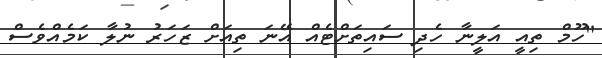
"ހޫމް ތިއީ އަލީނާ ހެދި ސައިތަށްޓެއް އޭނަ ތިއަށް ޒަހަރު ނުލާ ކަމެއްވެސް